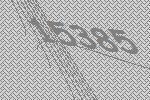
15385